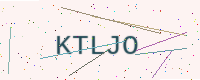
Text: KTLJO